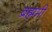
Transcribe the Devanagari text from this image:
ब्रह्ममी